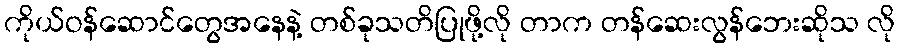
ကိုယ်ဝန်ဆောင်တွေအနေနဲ့ တစ်ခုသတိပြုဖို့လို တာက တန်ဆေးလွန်ဘေးဆိုသ လို